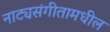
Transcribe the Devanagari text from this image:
नाट्यसंगीतामधील